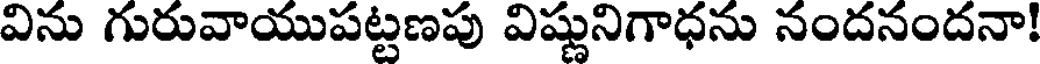
విను గురువాయుపట్టణపు విష్ణునిగాధను నందనందనా!